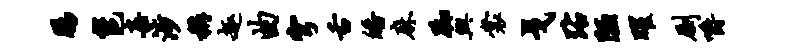
肠邕嘉涉称趣曲穹舌皤麻踟兴裳戈玷陋曜劂嚼